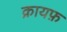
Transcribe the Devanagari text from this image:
क्रायफ़